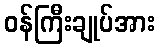
ဝန်ကြီးချုပ်အား